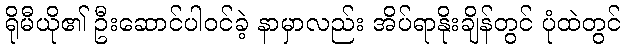
ရိုမီယို၏ ဦးဆောင်ပါဝင်ခဲ့ နာမှာလည်း အိပ်ရာနိုးချိန်တွင် ပုံထဲတွင်